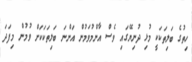
ހިތުގެ ބަލިތަކަކީ މުޅި ދުނިޔޭގައި ވެސް އާންމުވަމުން އަންނަ ބަލިތަކަކަށް ވުމުން މިފަދަ